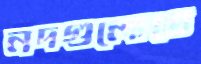
নদগুলোতে